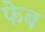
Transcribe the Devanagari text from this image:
फेब